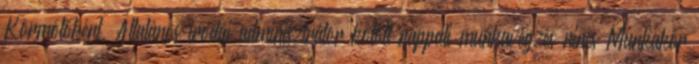
Körmölőként. Általános irodai adminisztrátor kötött nappali munkavégzés nincs Munkakör